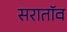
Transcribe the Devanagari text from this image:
सरातॉव